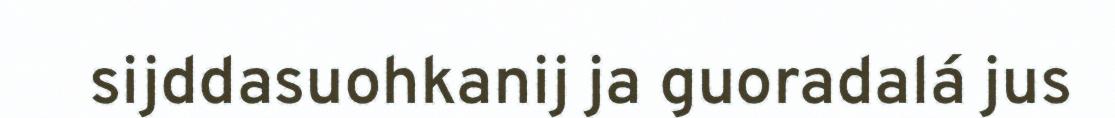
sijddasuohkanij ja guoradalá jus